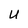
Character: U